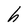
Character: h